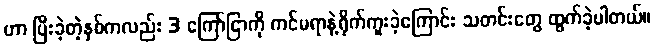
ဟာ ပြီးခဲ့တဲ့နှစ်ကလည်း 3 ကြော်ငြာကို ကင်မရာနဲ့ရိုက်ကူးခဲ့ကြောင်း သတင်းတွေ ထွက်ခဲ့ပါတယ်။